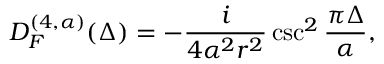
D _ { { \cal F } } ^ { ( 4 , \alpha ) } ( \Delta ) = - \frac { i } { 4 \alpha ^ { 2 } r ^ { 2 } } \csc ^ { 2 } \frac { \pi \Delta } { \alpha } ,